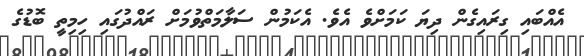
އެއްބައި ގިރައިގެން ދިޔަ ކަމަށްވެ އެވެ. އެކަމުން ސަލާމަތްވުމަށް ރައްދުގައި ހިިމިތީ ބޮޑުގެ